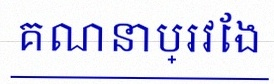
គណនាប្រវែង